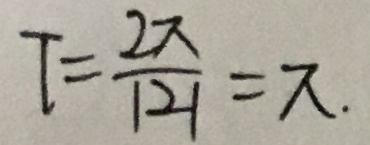
T = \frac { 2 \pi } { \vert 2 \vert } = \pi .